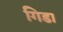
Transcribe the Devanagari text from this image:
गिडा